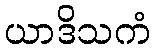
ယာဒိသကံ